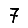
Digit: 7